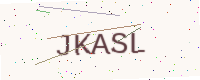
Text: JKASL